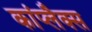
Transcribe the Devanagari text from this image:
कांप्लैक्स